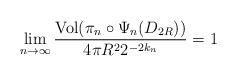
LaTeX: \begin{align*}\lim_{n \rightarrow \infty} \frac{\mathrm{Vol}(\pi_n \circ \Psi_n(D_{2R}))}{4\pi R^22^{-2k_n}} = 1\end{align*}